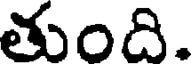
తుంది.